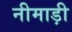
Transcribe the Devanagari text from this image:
नीमाड़ी